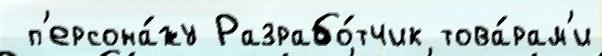
 п'ерсона́жу Разрабо́тчик това́рам'и